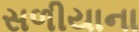
સળીયાના